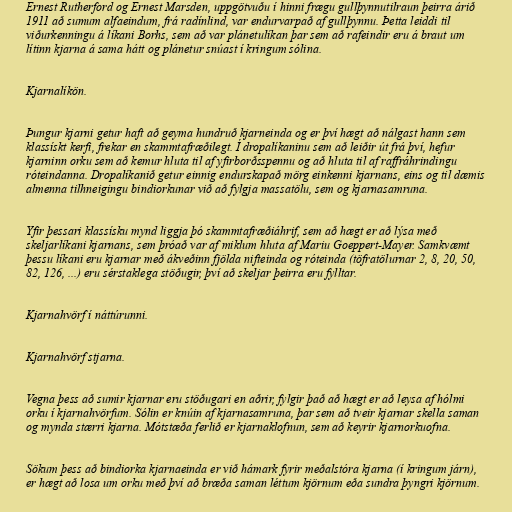
Ernest Rutherford og Ernest Marsden, uppgötvuðu í hinni frægu gullþynnutilraun þeirra árið
1911 að sumum alfaeindum, frá radínlind, var endurvarpað af gullþynnu. Þetta leiddi til
viðurkenningu á líkani Borhs, sem að var plánetulíkan þar sem að rafeindir eru á braut um
lítinn kjarna á sama hátt og plánetur snúast í kringum sólina.

Kjarnalíkön.

Þungur kjarni getur haft að geyma hundruð kjarneinda og er því hægt að nálgast hann sem
klassískt kerfi, frekar en skammtafræðilegt. Í dropalíkaninu sem að leiðir út frá því, hefur
kjarninn orku sem að kemur hluta til af yfirborðsspennu og að hluta til af raffráhrindingu
róteindanna. Dropalíkanið getur einnig endurskapað mörg einkenni kjarnans, eins og til dæmis
almenna tilhneigingu bindiorkunar við að fylgja massatölu, sem og kjarnasamruna.

Yfir þessari klassísku mynd liggja þó skammtafræðiáhrif, sem að hægt er að lýsa með
skeljarlíkani kjarnans, sem þróað var af miklum hluta af Mariu Goeppert-Mayer. Samkvæmt
þessu líkani eru kjarnar með ákveðinn fjölda nifteinda og róteinda (töfratölurnar 2, 8, 20, 50,
82, 126, ...) eru sérstaklega stöðugir, því að skeljar þeirra eru fylltar.

Kjarnahvörf í náttúrunni.

Kjarnahvörf stjarna.

Vegna þess að sumir kjarnar eru stöðugari en aðrir, fylgir það að hægt er að leysa af hólmi
orku í kjarnahvörfum. Sólin er knúin af kjarnasamruna, þar sem að tveir kjarnar skella saman
og mynda stærri kjarna. Mótstæða ferlið er kjarnaklofnun, sem að keyrir kjarnorkuofna.

Sökum þess að bindiorka kjarnaeinda er við hámark fyrir meðalstóra kjarna (í kringum járn),
er hægt að losa um orku með því að bræða saman léttum kjörnum eða sundra þyngri kjörnum.